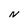
Character: N